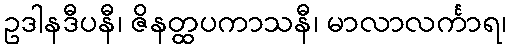
ဥဒါနဒီပနီ၊ ဇိနတ္ထပကာသနီ၊ မာလာလင်္ကာရ၊